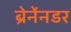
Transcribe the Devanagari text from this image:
ब्रेनेंनडर